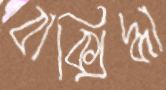
বাক্‌সিদ্ধা